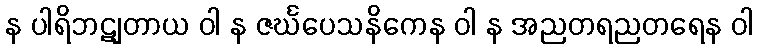
န ပါရိဘဋျတာယ ဝါ န ဇင်္ဃပေသနိကေန ဝါ န အညတရညတရေန ဝါ